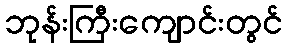
ဘုန်းကြီးကျောင်းတွင်